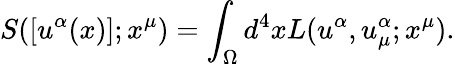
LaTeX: {S}([u^{\alpha}(x)];x^{\mu})=\int_{\Omega}d^{4}x{L}(u^{\alpha},u_{\mu}^{\alpha};x^{\mu}).